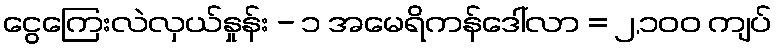
ငွေကြေးလဲလှယ်နှုန်း - ၁ အမေရိကန်ဒေါ်လာ = ၂,၁၀၀ ကျပ်